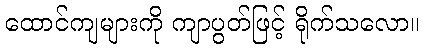
ထောင်ကျများကို ကျာပွတ်ဖြင့် ရိုက်သလော။